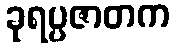
ခုရပ္ပဇာတက